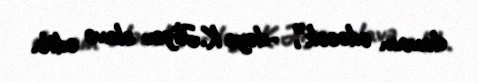
davam edəcək”, -deyə K.Əliyev əlavə edib.